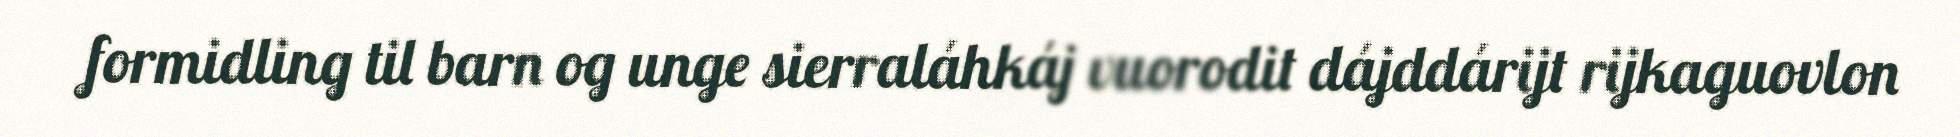
formidling til barn og unge sierraláhkáj vuorodit dájddárijt rijkaguovlon